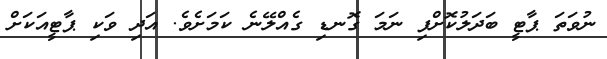
ނުވަތަ ޕާޓީ ބަދަލުކޮށްފި ނަމަ ގޮނޑި ގެއްލޭނެ ކަމަށެވެ. އަދި ވަކި ޕާޓީއަކަށް